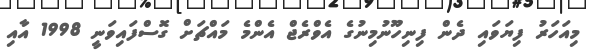
މިއަހަރު ފިޔަވައި ދެން ފިނިހޫނުމިނުގެ އެވްރެޖް އެންމެ މައްޗަށް ގޮސްފައިވަނީ 1998 އާއި